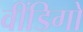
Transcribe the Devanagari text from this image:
वींडिगो